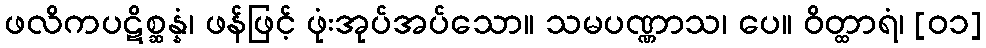
ဖလိကပဋိစ္ဆန္နံ၊ ဖန်ဖြင့် ဖုံးအုပ်အပ်သော။ သမပဏ္ဏာသ၊ ပေ။ ဝိတ္ထာရံ၊ [၀၁]